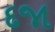
દજા